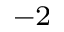
^ { - 2 }